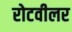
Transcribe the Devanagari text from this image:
रोटवीलर